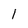
Character: 1